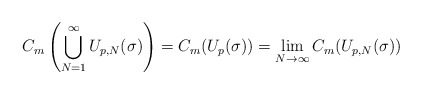
\begin{align*} C_m\left(\bigcup_{N=1}^\infty U_{p,N}(\sigma)\right)=C_m(U_p(\sigma))=\lim\limits_{N\to\infty}C_m(U_{p,N}(\sigma)) \end{align*}